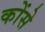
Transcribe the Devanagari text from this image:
कोंसे